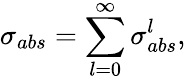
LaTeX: \sigma_{abs}=\sum_{l=0}^{\infty}\sigma_{abs}^{l},